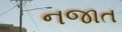
નજાત